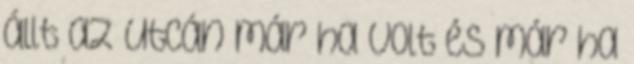
állt az utcán már ha volt és már ha